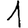
Digit: 1